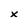
Character: x